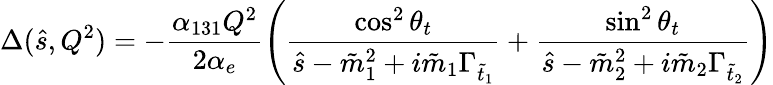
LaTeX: \Delta(\hat{s},Q^{2})=-\frac{\alpha_{131}Q^{2}}{2\alpha_{e}}\left(\frac{\cos^{2}\theta_{t}}{\hat{s}-\tilde{m}_{1}^{2}+i\tilde{m}_{1}\Gamma_{\tilde{t}_{1}}}+\frac{\sin^{2}\theta_{t}}{\hat{s}-\tilde{m}_{2}^{2}+i\tilde{m}_{2}\Gamma_{\tilde{t}_{2}}}\right)